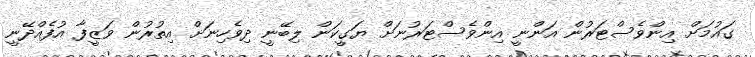
ގައުމަށް އިންވެސްޓަރުން އަންނީ އިންވެސްޓަރުނަށް ޔަގީކަން ލިބޭނީ ދިވެހިނަށް އިތުރުން ވަޒީފާ އުފެއްދޭނީ